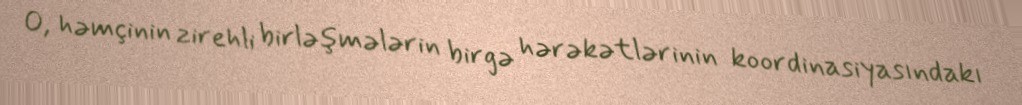
O, həmçinin zirehli birləşmələrin birgə hərəkətlərinin koordinasiyasındakı